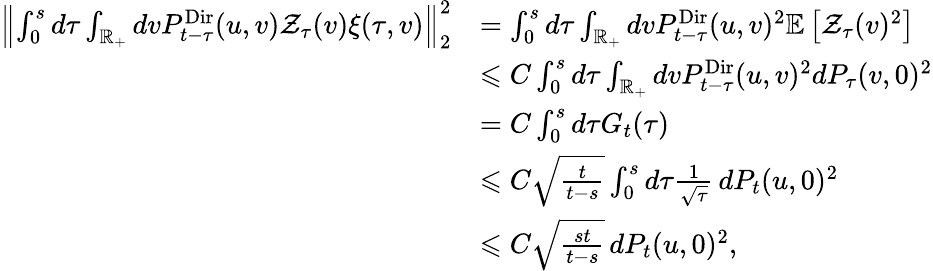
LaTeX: \begin{array}{rl}{\left\Vert\int_{0}^{s}d\tau\int_{\mathbb R_{+}}dvP_{t-\tau}^{\mathrm{Dir}}(u,v)\mathcal Z_{\tau}(v)\xi(\tau,v)\right\Vert_{2}^{2}}&{=\int_{0}^{s}d\tau\int_{\mathbb R_{+}}dvP_{t-\tau}^{\mathrm{Dir}}(u,v)^{2}\mathbb E\left[\mathcal Z_{\tau}(v)^{2}\right]}\\ &{\leqslant C\int_{0}^{s}d\tau\int_{\mathbb R_{+}}dvP_{t-\tau}^{\mathrm{Dir}}(u,v)^{2}dP_{\tau}(v,0)^{2}}\\ &{=C\int_{0}^{s}d\tau G_{t}(\tau)}\\ &{\leqslant C\sqrt{\frac{t}{t-s}}\int_{0}^{s}d\tau\frac{1}{\sqrt{\tau}}\, dP_{t}(u,0)^{2}}\\ &{\leqslant C\sqrt{\frac{st}{t-s}}\, dP_{t}(u,0)^{2},}\end{array}